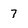
Character: 7